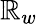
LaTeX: \mathbb{R}_{w}